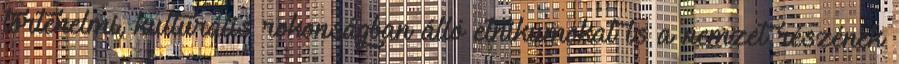
történelmi, kulturális rokonságban álló etnikumokat is a nemzet részének